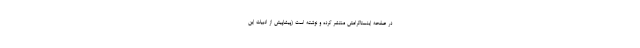
در صفحه اینستاگرامش منتشر کرده و نوشته است (پیشاپیش از ادبیات این